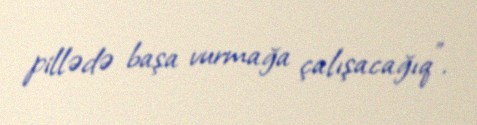
pillədə başa vurmağa çalışacağıq".